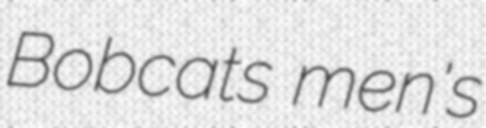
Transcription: Bobcats men's